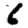
Digit: 6